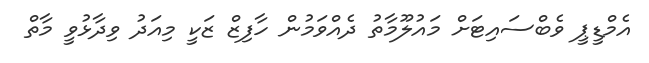
އެމްޑީޕީ ވެބްސައިޓަށް މައުލޫމާތު ދެއްވަމުން ހާފިޒް ޒަކީ މިއަދު ވިދާޅުވީ މާތް